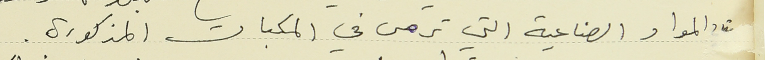
المواد الصناعية التي ترمى في المكبات المذكورة .